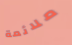
ملائمة